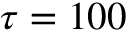
\tau = 1 0 0